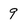
Character: 9